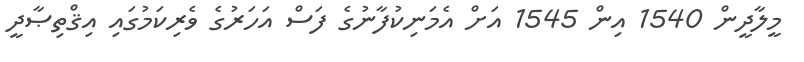
މީލާދީން 1540 އިން 1545 އަށް އެމަނިކުފާނުގެ ފަސް އަހަރުގެ ވެރިކަމުގައި އިޤްތިޞާދީ